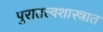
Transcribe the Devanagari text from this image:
पुरातत्त्वशास्त्रात